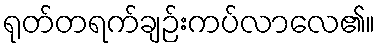
ရုတ်တရက်ချဉ်းကပ်လာလေ၏။